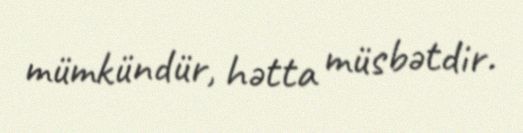
mümkündür, hətta müsbətdir.